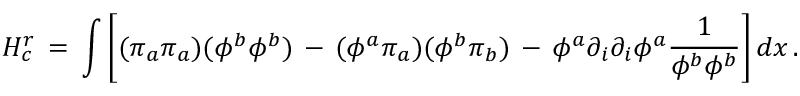
H _ { c } ^ { r } \, = \, \int \left[ ( \pi _ { a } \pi _ { a } ) ( \phi ^ { b } \phi ^ { b } ) \, - \, ( \phi ^ { a } \pi _ { a } ) ( \phi ^ { b } \pi _ { b } ) \, - \, \phi ^ { a } \partial _ { i } \partial _ { i } \phi ^ { a } { \frac { 1 } { \phi ^ { b } \phi ^ { b } } } \right] d x \, .